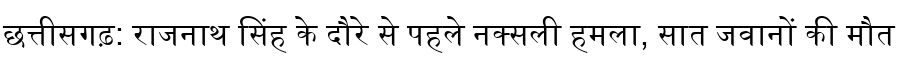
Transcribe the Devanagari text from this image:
छत्तीसगढ़: राजनाथ सिंह के दौरे से पहले नक्सली हमला, सात जवानों की मौत